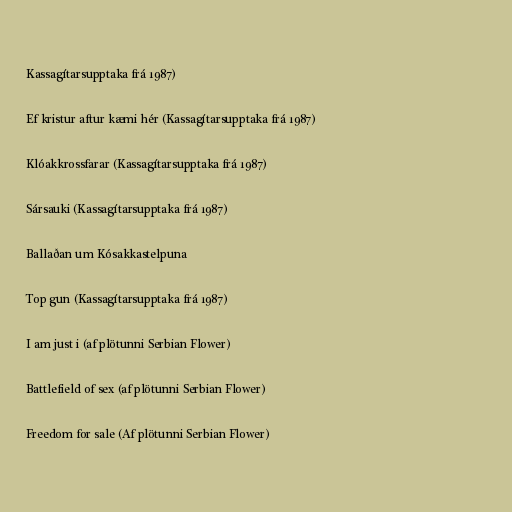
Kassagítarsupptaka frá 1987)

Ef kristur aftur kæmi hér (Kassagítarsupptaka frá 1987)

Klóakkrossfarar (Kassagítarsupptaka frá 1987)

Sársauki (Kassagítarsupptaka frá 1987)

Ballaðan um Kósakkastelpuna

Top gun (Kassagítarsupptaka frá 1987)

I am just i (af plötunni Serbian Flower)

Battlefield of sex (af plötunni Serbian Flower)

Freedom for sale (Af plötunni Serbian Flower)